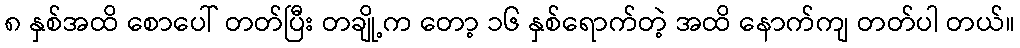
၈ နှစ်အထိ စောပေါ် တတ်ပြီး တချို့က တော့ ၁၆ နှစ်ရောက်တဲ့ အထိ နောက်ကျ တတ်ပါ တယ်။